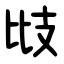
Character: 㩺